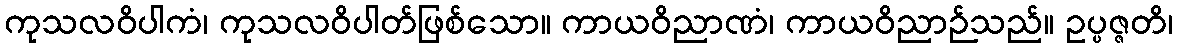
ကုသလဝိပါကံ၊ ကုသလဝိပါတ်ဖြစ်သော။ ကာယဝိညာဏံ၊ ကာယဝိညာဉ်သည်။ ဥပ္ပဇ္ဇတိ၊